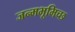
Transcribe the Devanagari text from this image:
जन्मभूमिच्छ